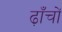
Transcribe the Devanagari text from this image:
ढ़ाँचों